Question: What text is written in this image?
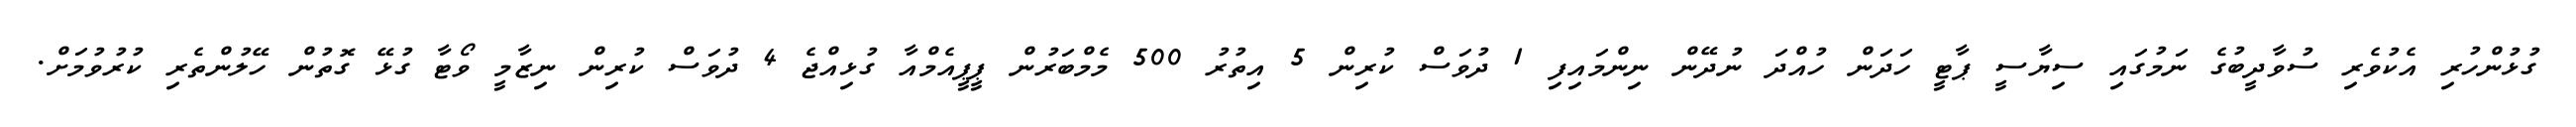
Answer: ގުޅުންހުރި އެކުވެރި ސުވާދީބުގެ ނަމުގައި ސިޔާސީ ޕާޓީ ހަދަން ހުއްދަ ނުދޭން ނިންމައިފި 1 ދުވަސް ކުރިން 5 އިތުރު 500 މެމްބަރުން ޕީޕީއެމްއާ ގުޅިއްޖެ 4 ދުވަސް ކުރިން ނިޒާމީ ވޯޓާ ގުޅޭ ގޮތުން ހޭލުންތެރި ކުރުވުމަށް.